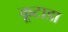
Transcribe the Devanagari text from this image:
कूटाडा